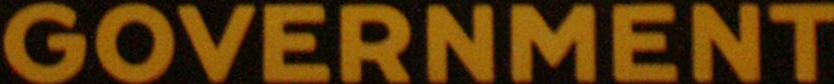
GOVERNMENT